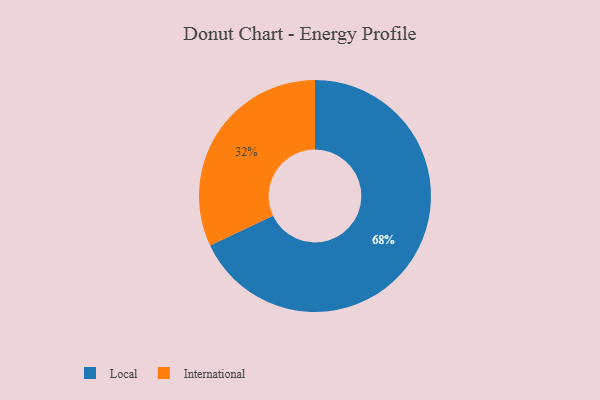
{"axis": {"x": "Category", "y": "Percentage"}, "legend": ["International", "Local"], "data": [{"x": "International", "y": 32, "type": "International"}, {"x": "Local", "y": 68, "type": "Local"}]}